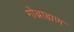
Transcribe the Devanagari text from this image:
गोब्राह्मण